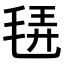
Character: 𣭿